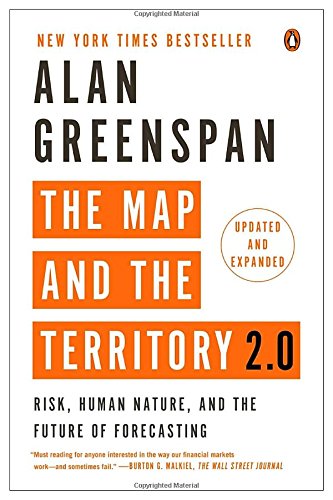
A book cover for The Map and the Territory 2.0: Risk, Human Nature, and the Future of Forecasting; Alan Greenspan; Business & Money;